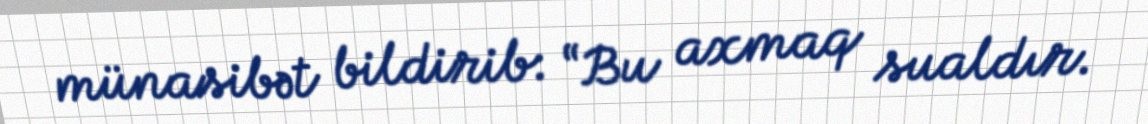
münasibət bildirib: “Bu axmaq sualdır.